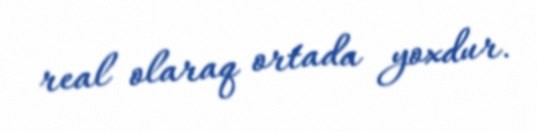
real olaraq ortada yoxdur.